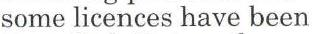
some licences have been